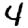
Digit: 4